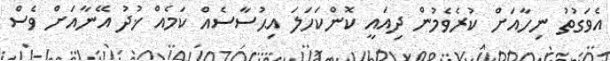
އެވަގުތު ނިހާއަށް ކުރެވެމުން ދިއައީ ކޮންކަހަލަ އިޙުސާސެއް ކަމެއް ޚުދު އޭނާއަށް ވެސް